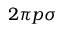
2 \pi p \sigma